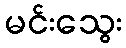
မင်းသွေး